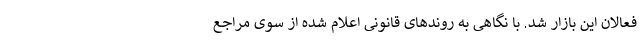
فعالان این بازار شد. با نگاهی به روندهای قانونی اعلام شده از سوی مراجع